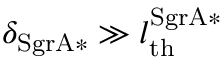
\delta _ { \mathrm { S g r A * } } \gg l _ { \mathrm { t h } } ^ { \mathrm { S g r A * } }